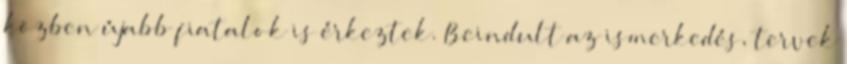
közben újabb fiatalok is érkeztek. Beindult az ismerkedés, tervek